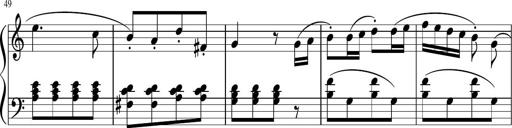
Title: 3 Sonatinen
Composer: Heinrich Lichner